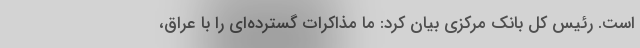
است. رئیس کل بانک مرکزی بیان کرد: ما مذاکرات گسترده‌ای را با عراق،